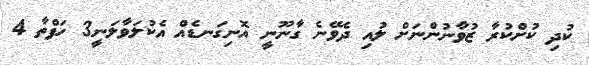
ކުދި ކުށްކުރާ ޒުވާނުންނަށް ލުއި ދެވޭނެ ގާނޫނީ އޮނިގަނޑެއް އެކުލަވާލަނީ3 ހަފްތާ 4